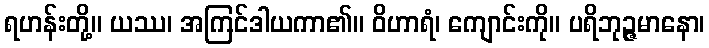
ရဟန်းတို့။ ယဿ၊ အကြင်ဒါယကာ၏။ ဝိဟာရံ၊ ကျောင်းကို။ ပရိဘုဉ္ဇမာနော၊